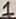
Text: 1